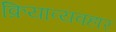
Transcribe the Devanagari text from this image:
क्रियाव्यवहार